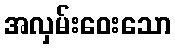
အလှမ်းဝေးသော